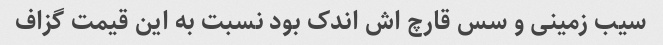
سیب زمینی و سس قارچ اش اندک بود نسبت به این قیمت گزاف